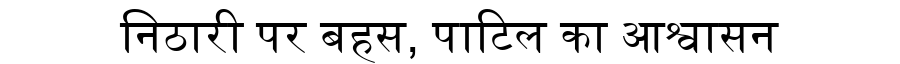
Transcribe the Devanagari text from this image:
निठारी पर बहस, पाटिल का आश्वासन